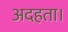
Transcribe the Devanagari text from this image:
अदहता।